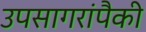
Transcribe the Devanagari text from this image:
उपसागरांपैकी